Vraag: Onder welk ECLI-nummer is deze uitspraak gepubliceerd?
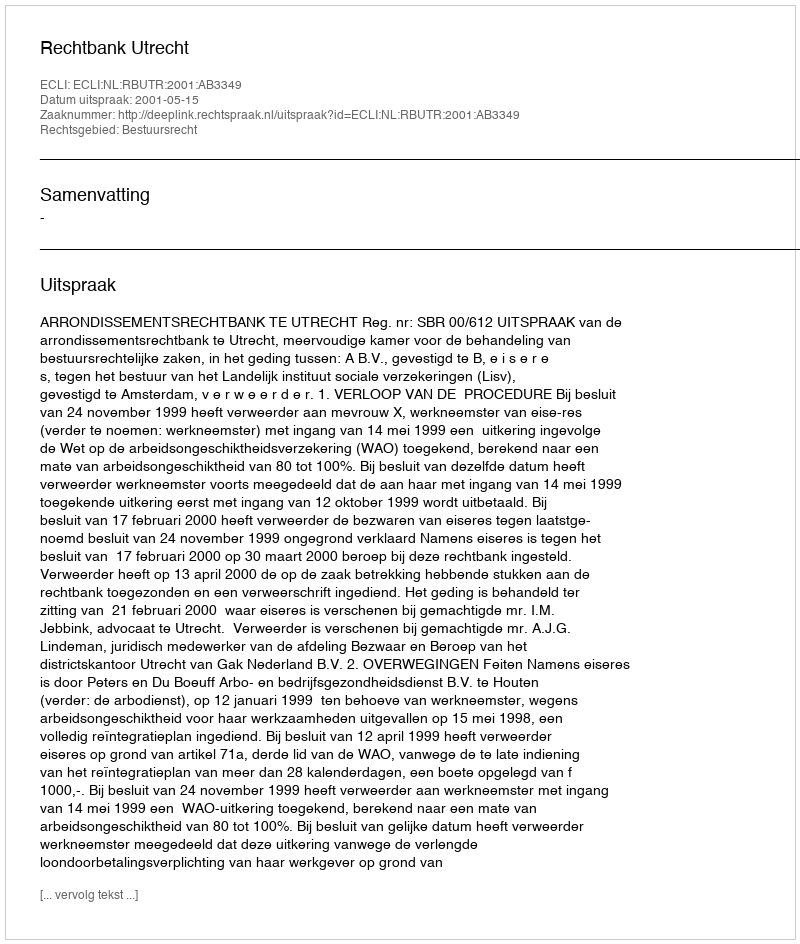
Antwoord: ECLI:NL:RBUTR:2001:AB3349